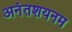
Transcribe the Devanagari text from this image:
अनंतशयनम